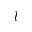
l